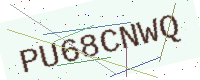
Text: PU68CNWQ